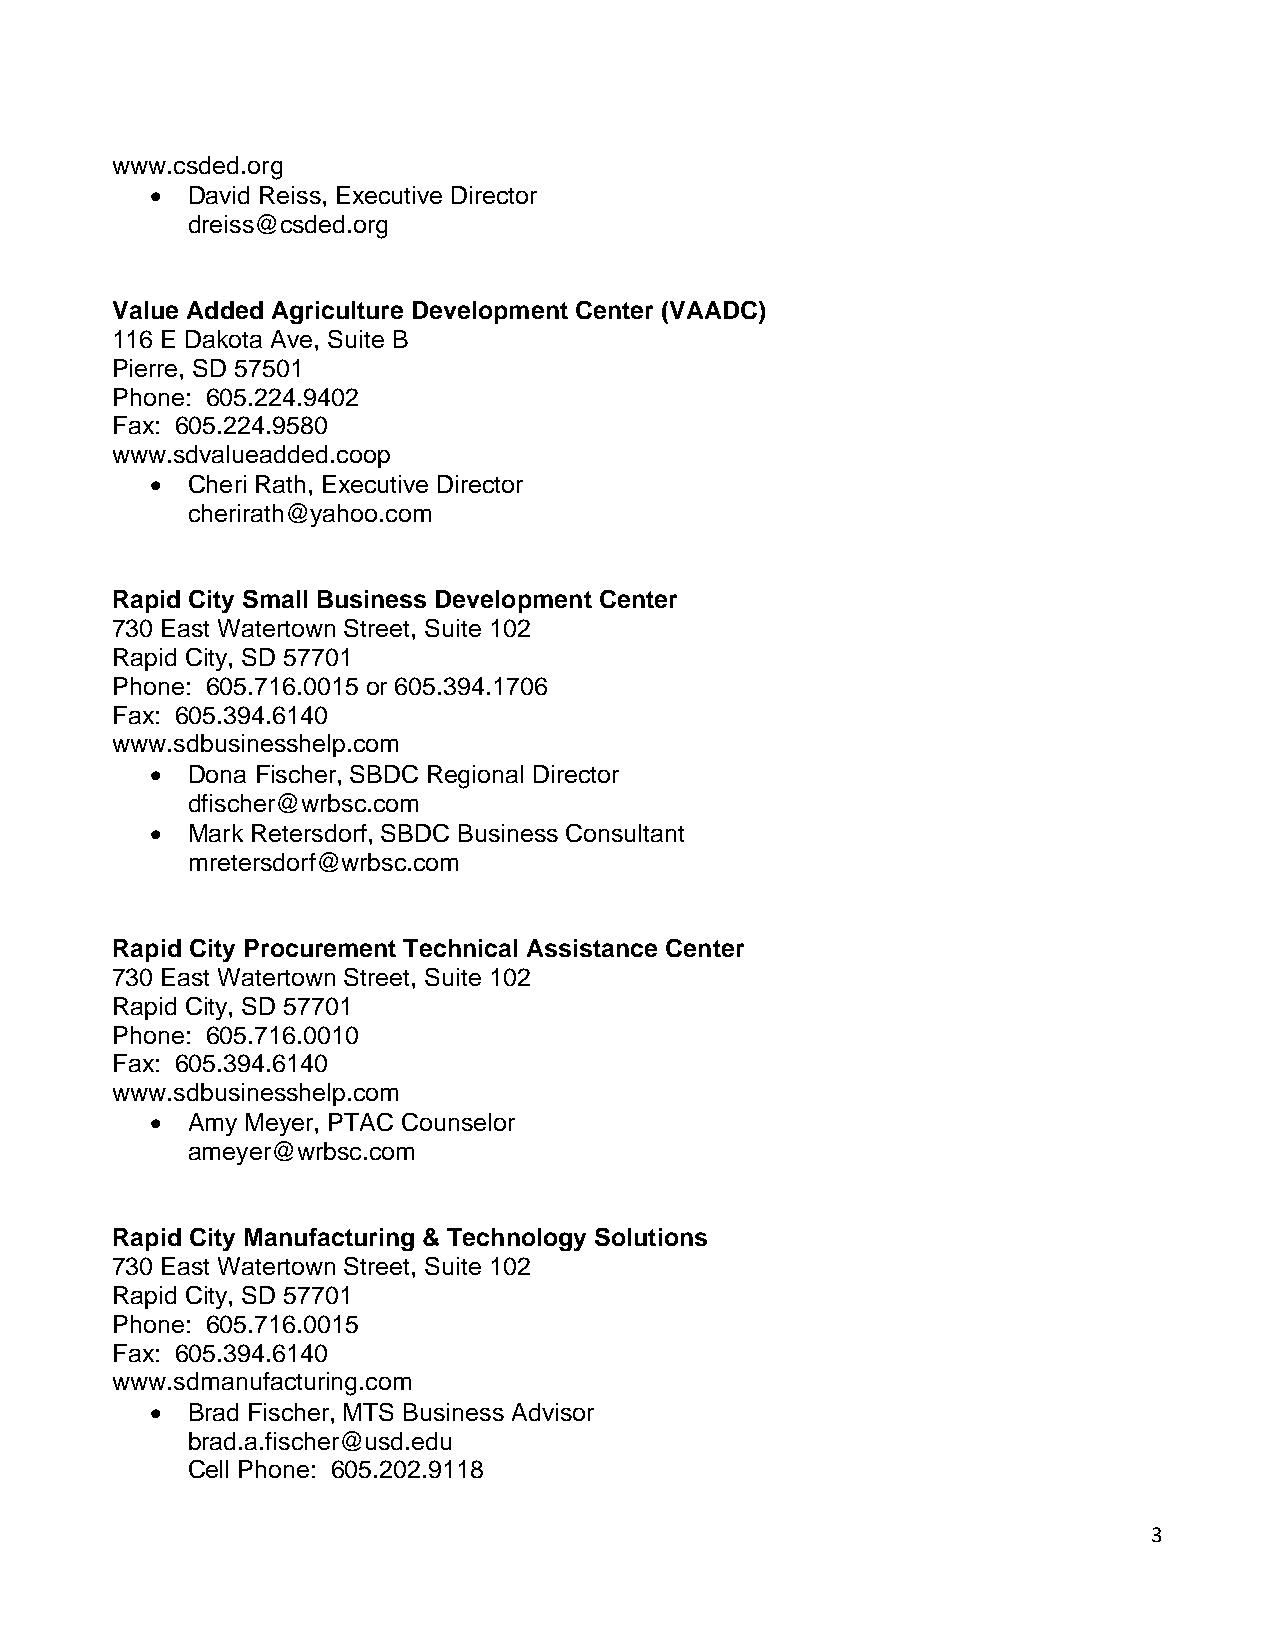
www.csded.org
 • David Reiss, Executive Director
 dreiss@csded.org
 Value Added Agriculture Development Center (VAADC)
 116 E Dakota Ave, Suite B
 Pierre, SD 57501
 Phone: 605.224.9402
 Fax: 605.224.9580
 www.sdvalueadded.coop
 • Cheri Rath, Executive Director
 cherirath@yahoo.com
 Rapid City Small Business Development Center
 730 East Watertown Street, Suite 102
 Rapid City, SD 57701
 Phone: 605.716.0015 or 605.394.1706
 Fax: 605.394.6140
 www.sdbusinesshelp.com
 • Dona Fischer, SBDC Regional Director
 dfischer@wrbsc.com
 • Mark Retersdorf, SBDC Business Consultant
 mretersdorf@wrbsc.com
 Rapid City Procurement Technical Assistance Center
 730 East Watertown Street, Suite 102
 Rapid City, SD 57701
 Phone: 605.716.0010
 Fax: 605.394.6140
 www.sdbusinesshelp.com
 • Amy Meyer, PTAC Counselor
 ameyer@wrbsc.com
 Rapid City Manufacturing & Technology Solutions
 730 East Watertown Street, Suite 102
 Rapid City, SD 57701
 Phone: 605.716.0015
 Fax: 605.394.6140
 www.sdmanufacturing.com
 • Brad Fischer, MTS Business Advisor
 brad.a.fischer@usd.edu
 Cell Phone: 605.202.9118
 3